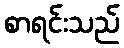
စာရင်းသည်